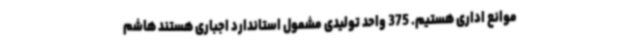
موانع اداری هستیم. 375 واحد تولیدی مشمول استاندارد اجباری هستند هاشم